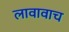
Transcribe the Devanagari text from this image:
लावावाच